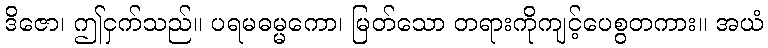
ဒိဇော၊ ဤငှက်သည်။ ပရမဓမ္မကော၊ မြတ်သော တရားကိုကျင့်ပေစွတကား။ အယံ